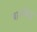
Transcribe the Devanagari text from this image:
बाळसिद्ध